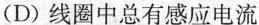
(D)线圈中总有感应电流图